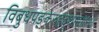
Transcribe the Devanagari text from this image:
विबुधपङ्केरुहदृशाम्॥१९॥